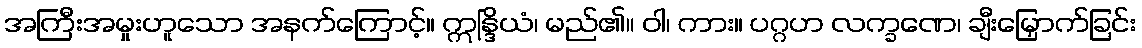
အကြီးအမှုးဟူသော အနက်ကြောင့်။ ဣန္ဒြိယံ၊ မည်၏။ ဝါ၊ ကား။ ပဂ္ဂဟ လက္ခဏေ၊ ချီးမြှောက်ခြင်း